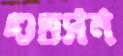
গুডসন